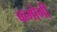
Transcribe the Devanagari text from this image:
कमोगी